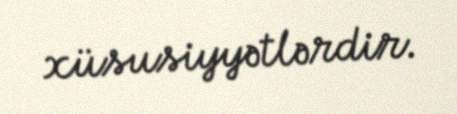
xüsusiyyətlərdir.